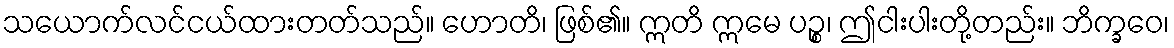
သယောက်လင်ငယ်ထားတတ်သည်။ ဟောတိ၊ ဖြစ်၏။ ဣတိ ဣမေ ပဉ္စ၊ ဤငါးပါးတို့တည်း။ ဘိက္ခဝေ၊